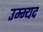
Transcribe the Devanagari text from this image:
उम्म्यद